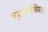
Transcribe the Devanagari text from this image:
माहुर्मनीषिण।।